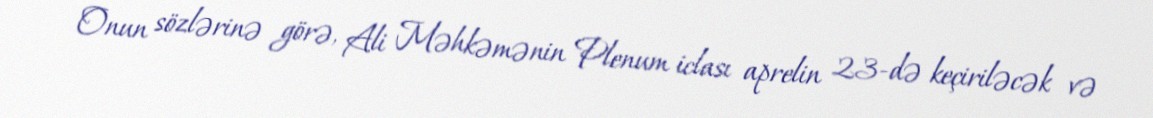
Onun sözlərinə görə, Ali Məhkəmənin Plenum iclası aprelin 23-də keçiriləcək və